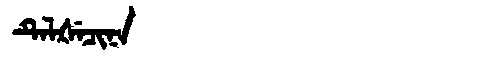
Manchu: ᡨᡝᠯᡧᡝᠴᡳᠨᠠ
Romanization: TELŠECINA